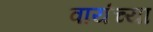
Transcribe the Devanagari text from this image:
वायंच्या